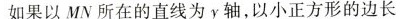
如果以MN所在的直线为y轴，以小正方形的边长